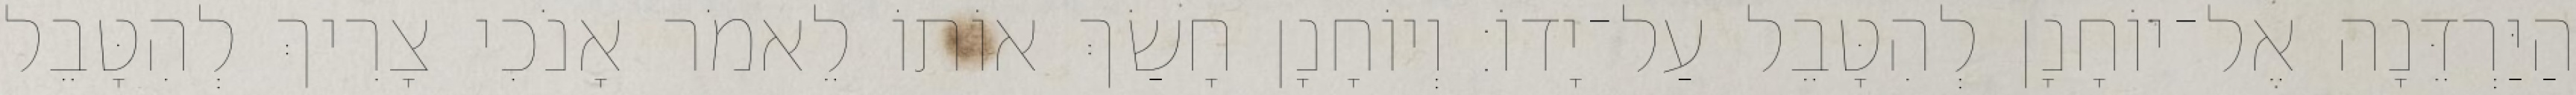
הַיַּרְדֵּנָה אֶל־יוֹחָנָן לְהִטָּבֵל עַל־יָדוֹ׃ וְיוֹחָנָן חָשַׂךְ אוֹתוֹ לֵאמֹר אָנֹכִי צָרִיךְ לְהִטָּבֵל